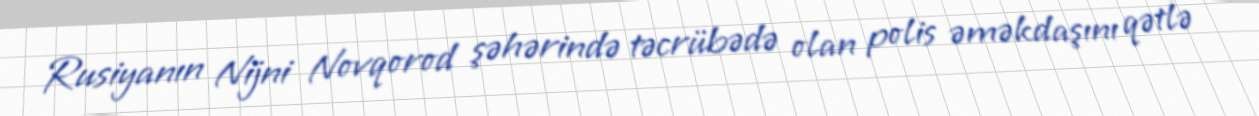
Rusiyanın Nijni Novqorod şəhərində təcrübədə olan polis əməkdaşını qətlə